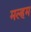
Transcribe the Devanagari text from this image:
मल्हम